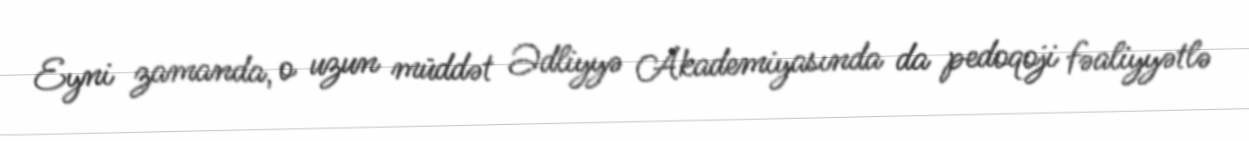
Eyni zamanda, o uzun müddət Ədliyyə Akademiyasında da pedoqoji fəaliyyətlə